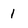
Character: 1